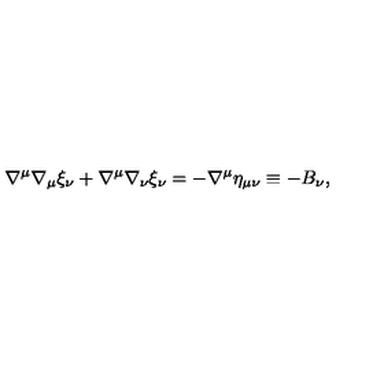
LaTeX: \nabla ^ { \mu } \nabla _ { \mu } \xi _ { \nu } + \nabla ^ { \mu } \nabla _ { \nu } \xi _ { \nu } = - \nabla ^ { \mu } \eta _ { \mu \nu } \equiv - B _ { \nu } ,